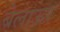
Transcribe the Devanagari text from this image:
बेलाऊर